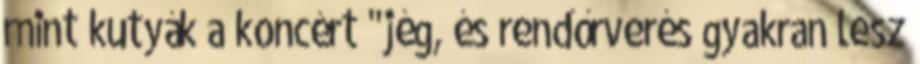
mint kutyák a koncért "jég, és rendőrverés gyakran lesz